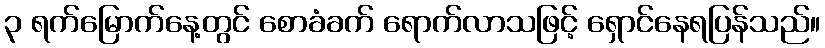
၃ ရက်မြောက်နေ့တွင် စောခံခက် ရောက်လာသဖြင့် ရှောင်နေရပြန်သည်။